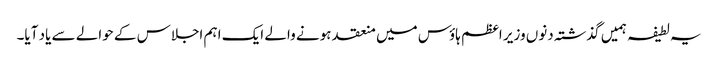
یہ لطیفہ ہمیں گذشتہ دنوں وزیر اعظم ہاؤس میں منعقد ہونے والے ایک اہم اجلاس کے حوالے سے یاد آیا۔